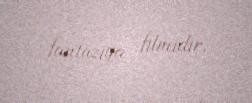
fantaziya filmidir.